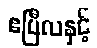
ဧပြီလနှင့်